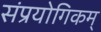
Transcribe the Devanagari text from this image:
संप्रयोगिकम्